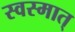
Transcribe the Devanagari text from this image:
स्वस्मात्